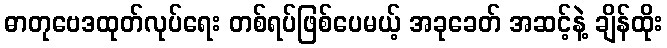
ဓာတုဗေဒထုတ်လုပ်ရေး တစ်ရပ်ဖြစ်ပေမယ့် အခုခေတ် အဆင့်နဲ့ ချိန်ထိုး